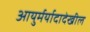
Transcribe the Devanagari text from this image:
आयुर्मर्यादादेखील